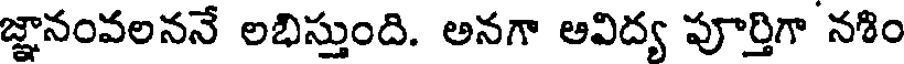
జ్ఞానంవలననే లభిస్తుంది. అనగా ఆవిద్య పూర్తిగా నశిం